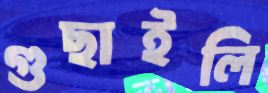
গুছাইলি